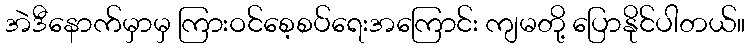
အဲဒီနောက်မှာမှ ကြားဝင်စေ့စပ်ရေးအကြောင်း ကျမတို့ ပြောနိုင်ပါတယ်။